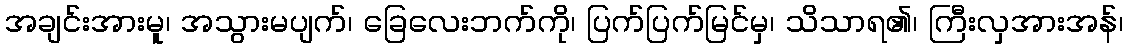
အချင်းအားမူ၊ အသွားမပျက်၊ ခြေလေးဘက်ကို၊ ပြက်ပြက်မြင်မှ၊ သိသာရ၏၊ ကြီးလှအားအန်၊